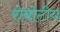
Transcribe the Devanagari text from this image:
रोबोटीय